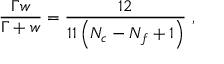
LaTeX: \frac { \Gamma w } { \Gamma + w } = \frac { 1 2 } { 1 1 \left( N _ { c } - N _ { f } + 1 \right) } \ ,